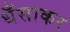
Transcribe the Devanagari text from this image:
धँसाकर